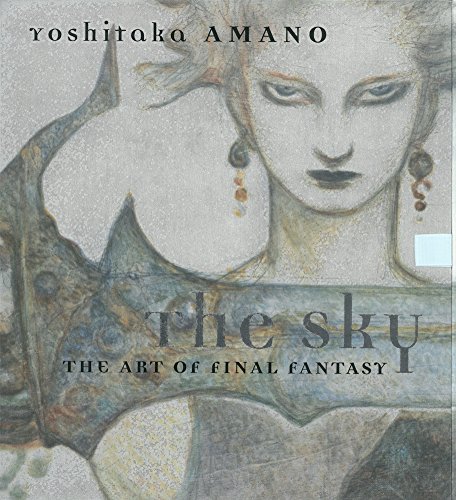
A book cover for The Sky: The Art of Final Fantasy Slipcased Edition; Yoshitaka Amano; Comics & Graphic Novels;